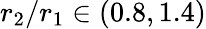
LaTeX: r_{2}/r_{1}\in(0.8,1.4)